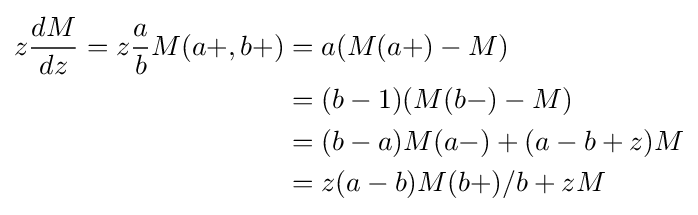
{\begin{aligned}z{\frac {dM}{dz}}=z{\frac {a}{b}}M(a+,b+)&=a(M(a+)-M)\\&=(b-1)(M(b-)-M)\\&=(b-a)M(a-)+(a-b+z)M\\&=z(a-b)M(b+)/b+zM\\\end{aligned}}